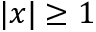
\vert x \vert \ge 1